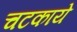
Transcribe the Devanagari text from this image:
चटकाये